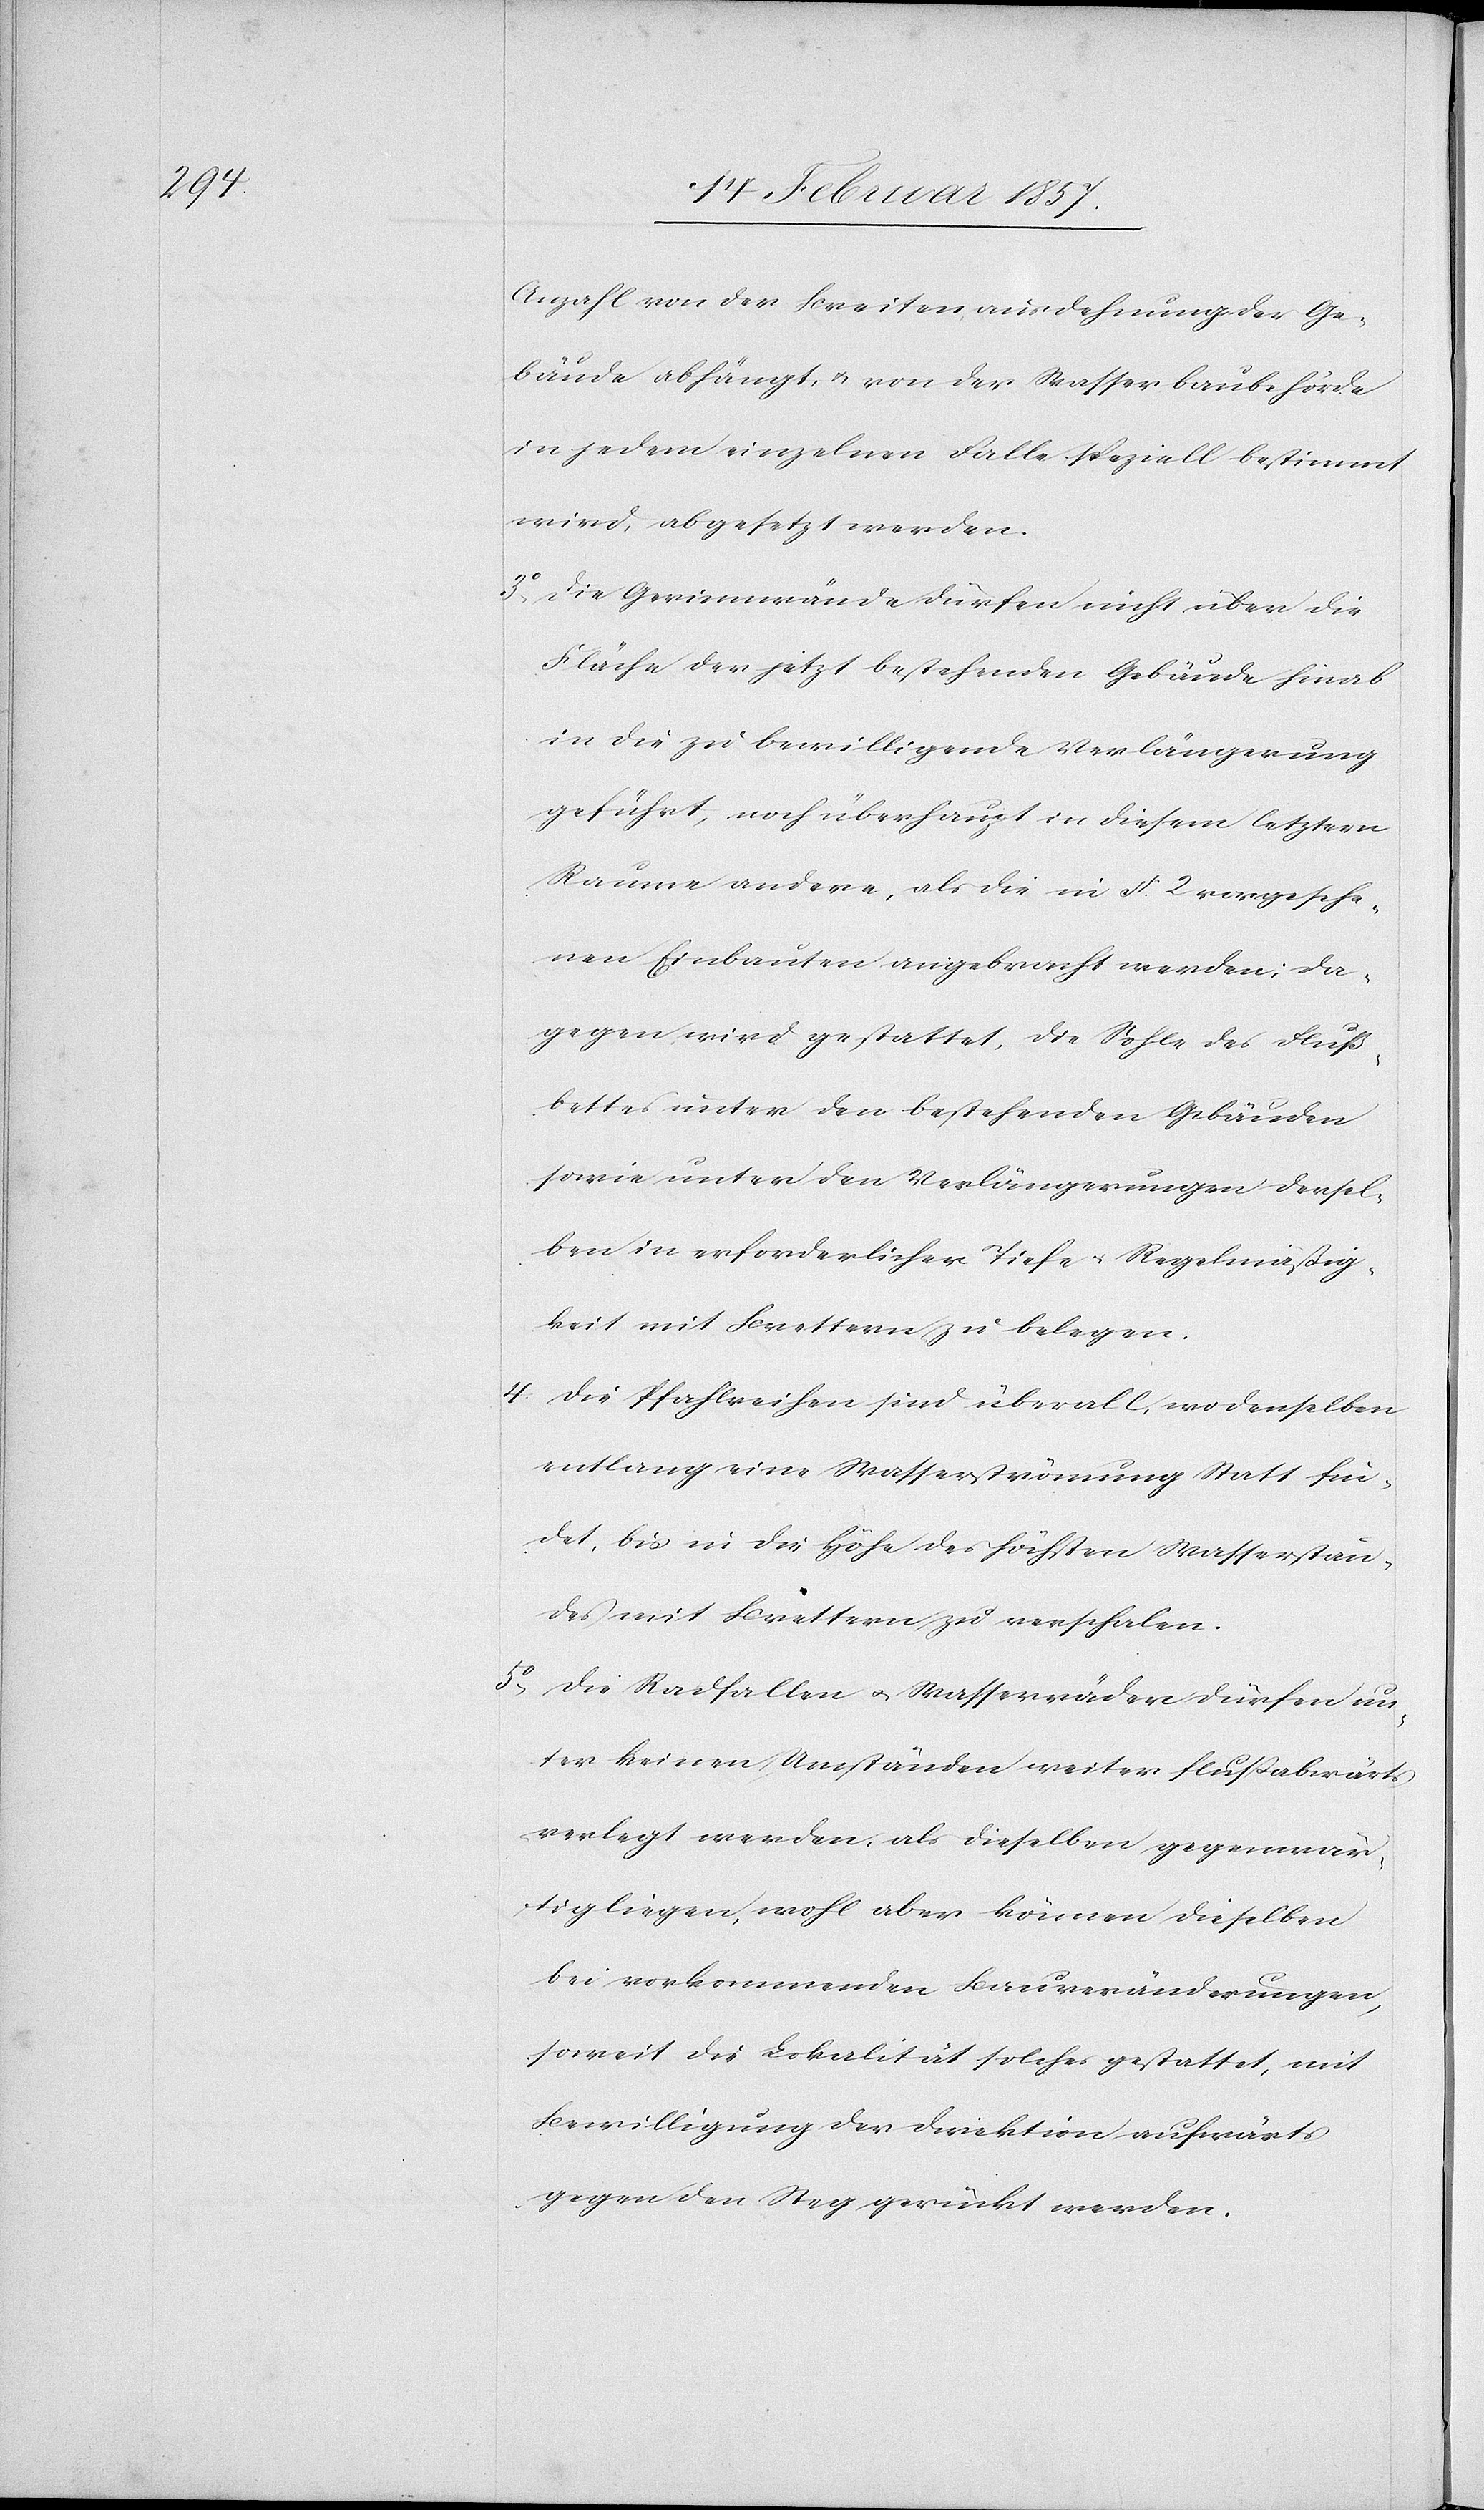
Anzahl von der Breitenausdehnung der Ge¬
bäude abhängt, u. von der Wasserbaubehörde
in jedem einzelnen Falle speziell bestimmt
wird, abgesetzt werden.
3o Die Gerinnwände dürfen nicht über die
Fläche der jetzt bestehenden Gebäude hinab
in die zu bewilligende Verlängerung
geführt, noch überhaupt in diesem letztern
Raume andere, als die in § 2 vorgesehe¬
nen Einbauten angebracht werden; da¬
gegen wird gestattet, die Sohle des Fluß¬
bettes unter den bestehenden Gebäuden
sowie unter den Verlängerungen dersel¬
ben in erforderlicher Tiefe u. Regelmäßig¬
keit mit Brettern zu belegen.
4. Die Pfahlreihen sind überall, wo denselben
entlang eine Wasserströmung Statt fin¬
det, bis in die Höhe des höchsten Wasserstan¬
des mit Brettern zu verschalen.
5o Die Radfallen u. Wasserräder dürfen un¬
ter keinen Umständen weiter flußabwärts
verlegt werden, als dieselben gegenwär¬
tig liegen, wohl aber können dieselben
bei vorkommenden Bauveränderungen,
soweit die Lokalität solches gestattet, mit
Bewilligung der Direktion aufwärts
gegen den Steg gerückt werden.